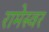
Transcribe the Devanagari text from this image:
रामेस्वर